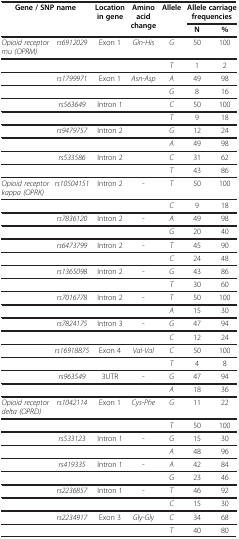
<table><thead><tr><td rowspan="2" colspan="2"><b>Gene / SNP name</b></td><td rowspan="2"><b>Location in gene</b></td><td rowspan="2"><b>Amino acid change</b></td><td rowspan="2"><b>Allele</b></td><td colspan="2"><b>Allele carriage frequencies</b></td></tr><tr><td><b>N</b></td><td><b>%</b></td></tr></thead><tbody><tr><td><i>Opioid receptor mu (OPRM)</i></td><td><i>rs6912029</i></td><td>Exon 1</td><td><i>Gln-His</i></td><td><i>G</i></td><td>50</td><td>100</td></tr><tr><td> </td><td> </td><td> </td><td> </td><td><i>T</i></td><td>1</td><td>2</td></tr><tr><td> </td><td><i>rs1799971</i></td><td>Exon 1</td><td><i>Asn-Asp</i></td><td><i>A</i></td><td>49</td><td>98</td></tr><tr><td> </td><td> </td><td> </td><td> </td><td><i>G</i></td><td>8</td><td>16</td></tr><tr><td> </td><td><i>rs563649</i></td><td>Intron 1</td><td> </td><td><i>C</i></td><td>50</td><td>100</td></tr><tr><td> </td><td> </td><td> </td><td> </td><td><i>T</i></td><td>9</td><td>18</td></tr><tr><td> </td><td><i>rs9479757</i></td><td>Intron 2</td><td> </td><td><i>G</i></td><td>12</td><td>24</td></tr><tr><td> </td><td> </td><td> </td><td> </td><td><i>A</i></td><td>49</td><td>98</td></tr><tr><td> </td><td><i>rs533586</i></td><td>Intron 2</td><td> </td><td><i>C</i></td><td>31</td><td>62</td></tr><tr><td> </td><td> </td><td> </td><td> </td><td><i>T</i></td><td>43</td><td>86</td></tr><tr><td><i>Opioid receptor kappa (OPRK)</i></td><td><i>rs10504151</i></td><td>Intron 2</td><td>-</td><td><i>T</i></td><td>50</td><td>100</td></tr><tr><td> </td><td> </td><td> </td><td> </td><td><i>C</i></td><td>9</td><td>18</td></tr><tr><td> </td><td><i>rs7836120</i></td><td>Intron 2</td><td>-</td><td><i>A</i></td><td>49</td><td>98</td></tr><tr><td> </td><td> </td><td> </td><td> </td><td><i>G</i></td><td>20</td><td>40</td></tr><tr><td> </td><td><i>rs6473799</i></td><td>Intron 2</td><td>-</td><td><i>T</i></td><td>45</td><td>90</td></tr><tr><td> </td><td> </td><td> </td><td> </td><td><i>C</i></td><td>24</td><td>48</td></tr><tr><td> </td><td><i>rs1365098</i></td><td>Intron 2</td><td>-</td><td><i>G</i></td><td>43</td><td>86</td></tr><tr><td> </td><td> </td><td> </td><td> </td><td><i>T</i></td><td>30</td><td>60</td></tr><tr><td> </td><td><i>rs7016778</i></td><td>Intron 2</td><td>-</td><td><i>T</i></td><td>50</td><td>100</td></tr><tr><td> </td><td> </td><td> </td><td> </td><td><i>A</i></td><td>15</td><td>30</td></tr><tr><td> </td><td><i>rs7824175</i></td><td>Intron 3</td><td>-</td><td><i>G</i></td><td>47</td><td>94</td></tr><tr><td> </td><td> </td><td> </td><td> </td><td><i>C</i></td><td>12</td><td>24</td></tr><tr><td> </td><td><i>rs16918875</i></td><td>Exon 4</td><td><i>Val-Val</i></td><td><i>C</i></td><td>50</td><td>100</td></tr><tr><td> </td><td> </td><td> </td><td> </td><td><i>T</i></td><td>4</td><td>8</td></tr><tr><td> </td><td><i>rs963549</i></td><td>3UTR</td><td>-</td><td><i>G</i></td><td>47</td><td>94</td></tr><tr><td> </td><td> </td><td> </td><td> </td><td><i>A</i></td><td>18</td><td>36</td></tr><tr><td><i>Opioid receptor delta (OPRD)</i></td><td><i>rs1042114</i></td><td>Exon 1</td><td><i>Cys-Phe</i></td><td><i>G</i></td><td>11</td><td>22</td></tr><tr><td> </td><td> </td><td> </td><td> </td><td><i>T</i></td><td>50</td><td>100</td></tr><tr><td> </td><td><i>rs533123</i></td><td>Intron 1</td><td>-</td><td><i>G</i></td><td>15</td><td>30</td></tr><tr><td> </td><td> </td><td> </td><td> </td><td><i>A</i></td><td>48</td><td>96</td></tr><tr><td> </td><td><i>rs419335</i></td><td>Intron 1</td><td>-</td><td><i>A</i></td><td>42</td><td>84</td></tr><tr><td> </td><td> </td><td> </td><td> </td><td><i>G</i></td><td>23</td><td>46</td></tr><tr><td> </td><td><i>rs2236857</i></td><td>Intron 1</td><td>-</td><td><i>T</i></td><td>46</td><td>92</td></tr><tr><td> </td><td> </td><td> </td><td> </td><td><i>C</i></td><td>15</td><td>30</td></tr><tr><td> </td><td><i>rs2234917</i></td><td>Exon 3</td><td><i>Gly-Gly</i></td><td><i>C</i></td><td>34</td><td>68</td></tr><tr><td> </td><td> </td><td> </td><td> </td><td><i>T</i></td><td>40</td><td>80</td></tr></tbody></table>